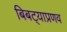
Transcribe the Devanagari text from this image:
बिबट्याप्रणव